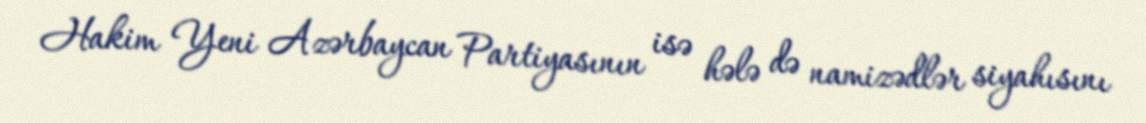
Hakim Yeni Azərbaycan Partiyasının isə hələ də namizədlər siyahısını